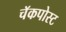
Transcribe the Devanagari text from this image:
चॅकपोस्ट